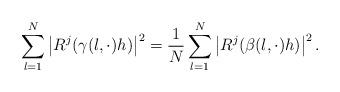
LaTeX: \begin{align*} \ \sum_{l=1}^{N}{\left\vert{R^{j}(\gamma (l,\cdot )h)}\right\vert ^{2}}=\frac{1}{N}\sum_{l=1}^{N}{\left\vert{R^{j}(\beta (l,\cdot )h)}\right\vert ^{2}.}\end{align*}